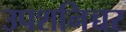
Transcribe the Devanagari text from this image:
उपशनिच्चर